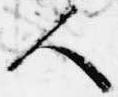
人